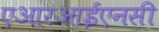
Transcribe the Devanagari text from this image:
एआरआईएनसी